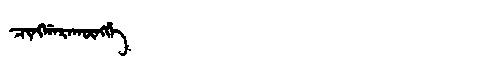
Manchu: ᠴᡳᠩᡤᠠᡵᠠᡴᡡᠩᡤᡝ
Romanization: CINGGARAKŪNGGE